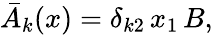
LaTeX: {\bar{A}}_{k}(x)=\delta_{k2}\, x_{1}\, B,